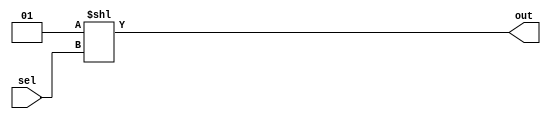
module sel64(sel,out);

 input [5:0] sel  ;
 output [63:0] out; 

 assign out = 1 << sel;

endmodule